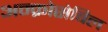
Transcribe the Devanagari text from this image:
अन्क्रोसेबिल